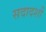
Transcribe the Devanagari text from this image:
सदादर्शों